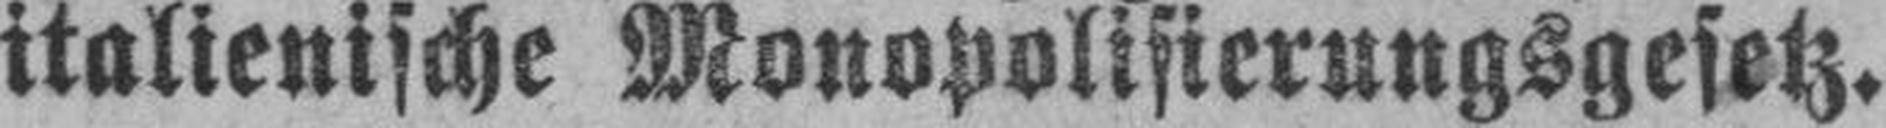
italienische Monopolisierungsgesetz.